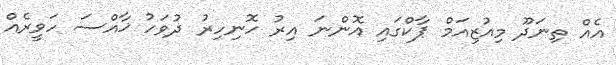
އެއް ތިނަދޫ މިއުޒިއަމް ޕާކްގައި އޮންނަ އިރު ހޮނިހިރު ދުވަހު ޚާއްސަ ހަވީރެއް